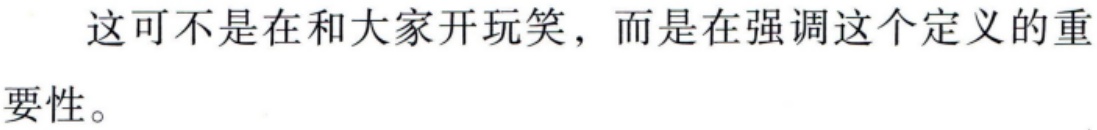
这可不是在和大家开玩笑，而是在强调这个定义的重要性。